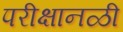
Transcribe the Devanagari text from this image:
परीक्षानळी